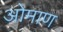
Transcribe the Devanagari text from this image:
ओमाण